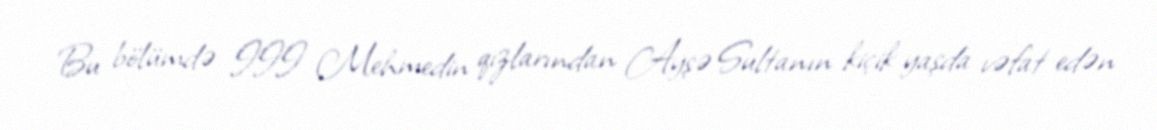
Bu bölümdə III Mehmedin qızlarından Ayşə Sultanın kiçik yaşda vəfat edən